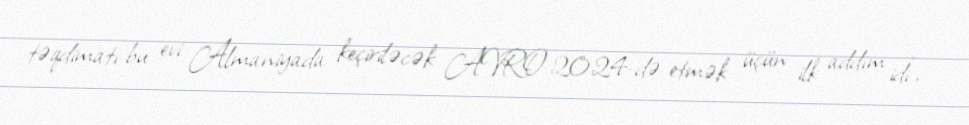
təqdimatı bu evi Almaniyada keçiriləcək AVRO-2024-də etmək üçün ilk addım idi",